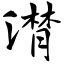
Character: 潸